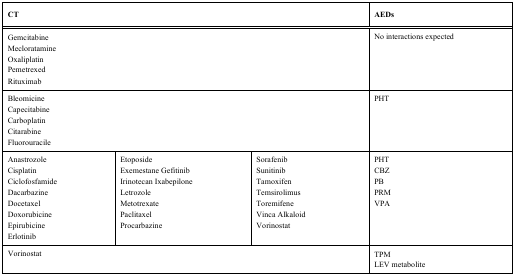
| <COLSPAN=3> CT | AEDs |
 | --- | --- | --- | --- |
 | <COLSPAN=3> Gemcitabine | No interactions expected |
 | <COLSPAN=3> Mecloratamine |  |
 | <COLSPAN=3> Oxaliplatin |  |
 | <COLSPAN=3> Pemetrexed |  |
 | <COLSPAN=3> Rituximab |  |
 | <COLSPAN=3> Bleomicine | PHT |
 | <COLSPAN=3> Capecitabine |  |
 | <COLSPAN=3> Carboplatin |  |
 | <COLSPAN=3> Citarabine |  |
 | <COLSPAN=3> Fluorouracile |  |
 | Anastrozole | Etoposide | Sorafenib | PHT |
 | Cisplatin | Exemestane Gefitinib | Sunitinib | CBZ |
 | Ciclofosfamide | Irinotecan Ixabepilone | Tamoxifen | PB |
 | Dacarbazine | Letrozole | Temsirolimus | PRM |
 | Docetaxel | Metotrexate | Toremifene | VPA |
 | Doxorubicine | Paclitaxel | Vinca Alkaloid |  |
 | Epirubicine | Procarbazine | Vorinostat |  |
 | Erlotinib |  |  |  |
 | <COLSPAN=3> Vorinostat | TPM |
 | <COLSPAN=3>  | LEV metabolite |